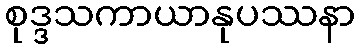
စုဒ္ဒသကာယာနုပဿနာ